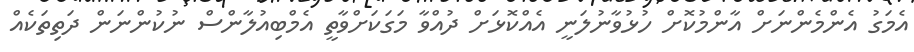
އެމަގު އެންމެންނަށް އާންމުކޮށް ހުޅުވާނުލަނީ އެއްކޮޅަށް ދުއްވާ މަގަކަށްވާތީ އެމްބިއުލާންސް ނުކުންނަން ދަތިތަކެއް